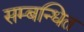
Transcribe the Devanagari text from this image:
सम्‍बन्‍धित